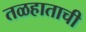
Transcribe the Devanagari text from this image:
तळहाताची